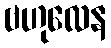
ဗဟုလေန